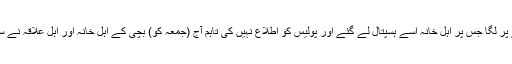
بچی کے ساتھ زیادتی کا پتہ اسے بخار ہونے پر لگا جس پر اہل خانہ اسے ہسپتال لے گئے اور پولیس کو اطلاع نہیں کی تاہم آج (جمعہ کو) بچی کے اہل خانہ اور اہل علاقہ نے سکول میں آکر چوکیدار کو تشدد کا نشانہ بنایا۔